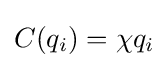
C(q_{i})=\chi q_{i}